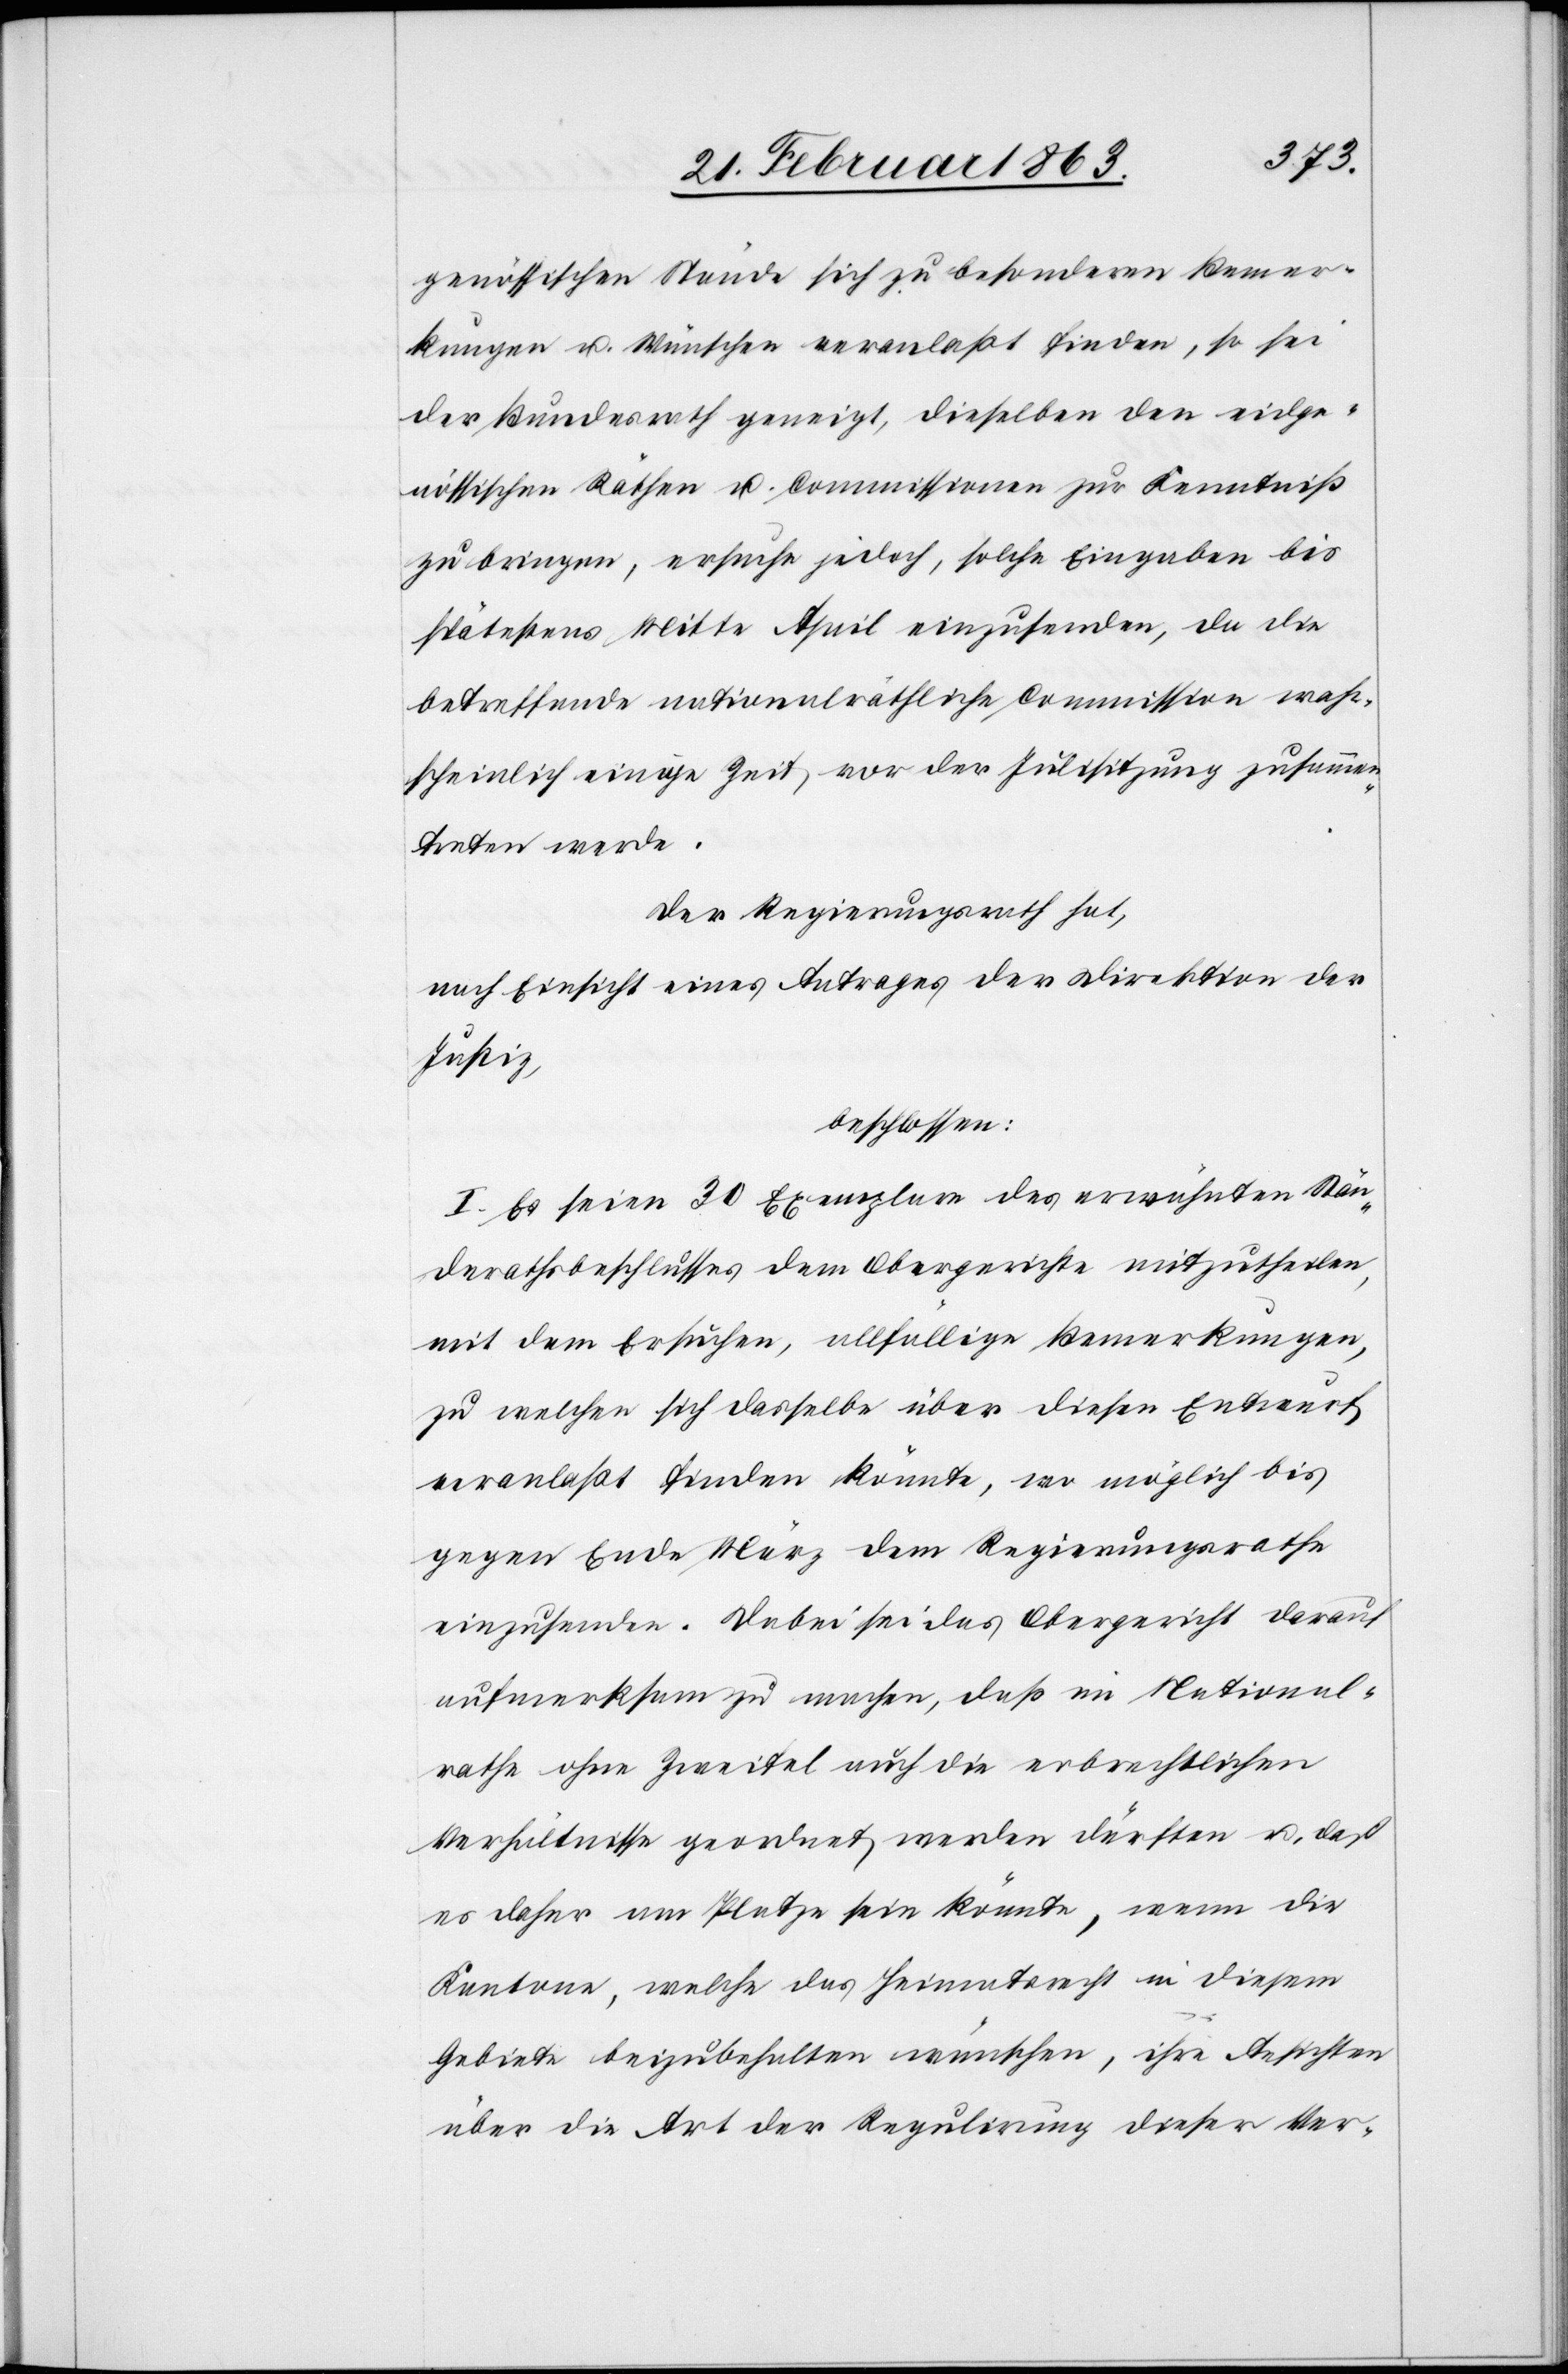
genössischen Stände sich zu besonderen Bemer¬
kungen u. Wünschen veranlaßt finden, so sei
der Bundesrath geneigt, dieselben den eidge¬
nössischen Räthen u. Commissionen zur Kenntniß
zu bringen, ersuche jedoch, solche Eingaben bis
spätestens Mitte April einzusenden, da die
betreffende nationalräthliche Commission wahr¬
scheinlich einige Zeit vor der Julisitzung zusammen¬
treten werde.
Der Regierungsrath hat,
nach Einsicht eines Antrages der Direktion der
Justiz,
beschlossen:
I. Es seien 30 Exemplare des erwähnten Stän¬
derathsbeschlusses dem Obergerichte mitzutheilen,
mit dem Ersuchen, allfällige Bemerkungen,
zu welchen sich dasselbe über diesen Entwurf
veranlaßt finden könnte, wo möglich bis
gegen Ende März dem Regierungsrathe
einzusenden. Dabei sei das Obergericht darauf
aufmerksam zu machen, daß im National¬
rathe ohne Zweifel auch die erbrechtlichen
Verhältnisse geordnet werden dürften u. daß
es daher am Platze sein könnte, wenn die
Kantone welche das Heimatsrecht in diesem
Gebiete beizubehalten wünschen, ihre Ansichten
über die Art der Regulirung dieser Ver-